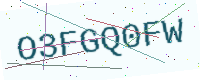
Text: O3FGQ0FW